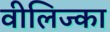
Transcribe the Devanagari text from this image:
वीलिज्का